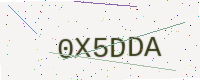
Text: 0X5DDA